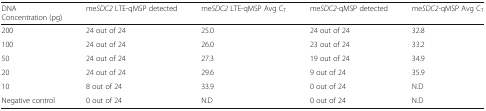
<table><thead><tr><td><b>DNAConcentration (pg)</b></td><td><b>me<i>SDC2</i> LTE-qMSP detected</b></td><td><b>me<i>SDC2</i> LTE-qMSP Avg C<sub>T</sub></b></td><td><b>me<i>SDC2</i>-qMSP detected</b></td><td><b>me<i>SDC2</i>-qMSP Avg C<sub>T</sub></b></td></tr></thead><tbody><tr><td>200</td><td>24 out of 24</td><td>25.0</td><td>24 out of 24</td><td>32.8</td></tr><tr><td>100</td><td>24 out of 24</td><td>26.0</td><td>23 out of 24</td><td>33.2</td></tr><tr><td>50</td><td>24 out of 24</td><td>27.3</td><td>19 out of 24</td><td>34.9</td></tr><tr><td>20</td><td>24 out of 24</td><td>29.6</td><td>9 out of 24</td><td>35.9</td></tr><tr><td>10</td><td>8 out of 24</td><td>33.9</td><td>0 out of 24</td><td>N.D</td></tr><tr><td>Negative control</td><td>0 out of 24</td><td>N.D</td><td>0 out of 24</td><td>N.D</td></tr></tbody></table>